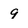
Character: 9